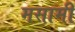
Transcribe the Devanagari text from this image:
मसामी